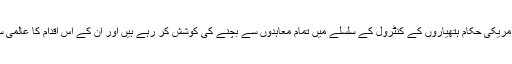
روس کی مسلح افواج کے سربراہ کے بقول امریکی حکام ہتھیاروں کے کنٹرول کے سلسلے میں تمام معاہدوں سے بچنے کی کوشش کر رہے ہیں اور ان کے اس اقدام کا عالمی سلامتی کے لئے اچھا نتیجہ برآمد نہیں ہو گا۔